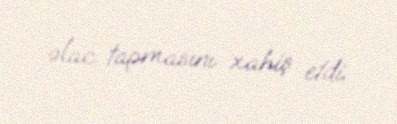
əlac tapmasını xahiş etdi.